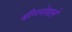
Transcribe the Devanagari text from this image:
बीननेवाले